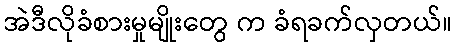
အဲဒီလိုခံစားမှုမျိုးတွေ က ခံရခက်လှတယ်။